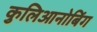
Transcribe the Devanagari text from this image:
कुलिआनोबिंग